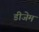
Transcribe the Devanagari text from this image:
डीजेम